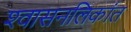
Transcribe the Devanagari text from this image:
श्‍वासनलिकांत